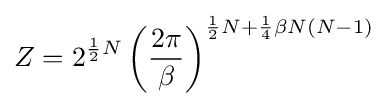
Z=2^{{\frac {1}{2}}N}\left({\frac {2\pi }{\beta }}\right)^{{\frac {1}{2}}N+{\frac {1}{4}}\beta N(N-1)}